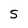
Character: 5